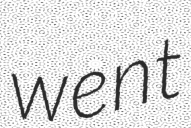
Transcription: went